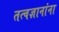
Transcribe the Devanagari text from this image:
तत्वज्ञानांना